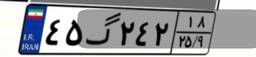
۴۵گ۲۴۲۱۸